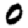
Digit: 0